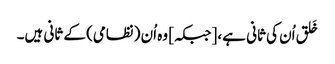
خَلق اُن کی ثانی ہے، [جبکہ] وہ اُن (نظامی) کے ثانی ہیں۔